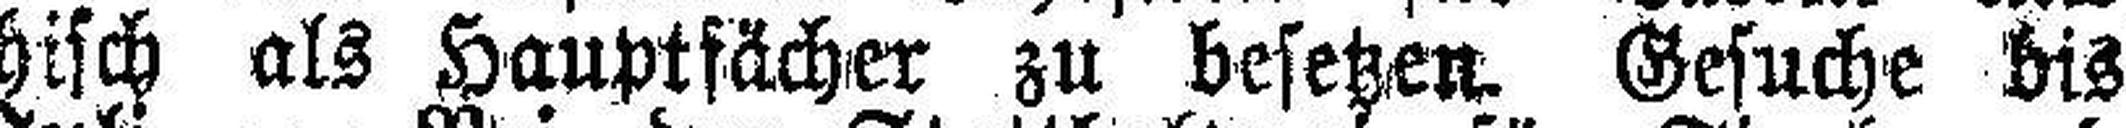
Griechisch als Hauptfächer zu besetzen. Gesuche bis